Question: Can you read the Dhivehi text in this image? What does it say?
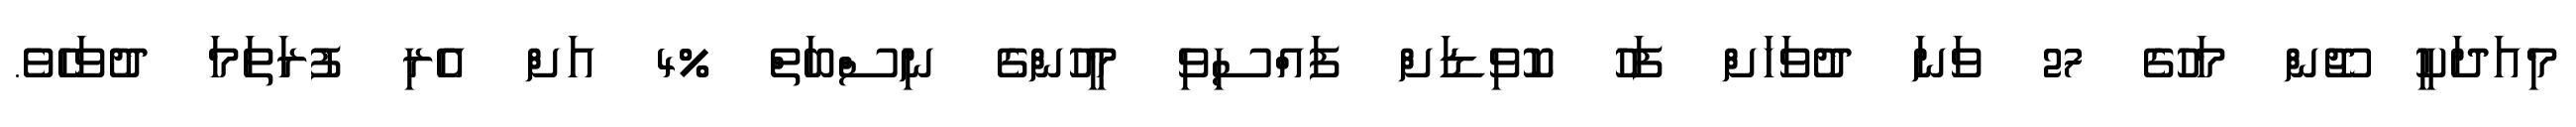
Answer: މިއަދަކީ ޖޫން މަހުގެ 27 ވަނަ ދުވަހަށް ފަހު ކޮވިޑަށް ފައްސިވި މީހުންގެ ނިސްބަތް %4 އަށް އެރި ފުރަތަމަ ދުވަހެވެ.